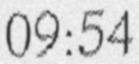
09:54